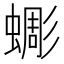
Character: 𧐸